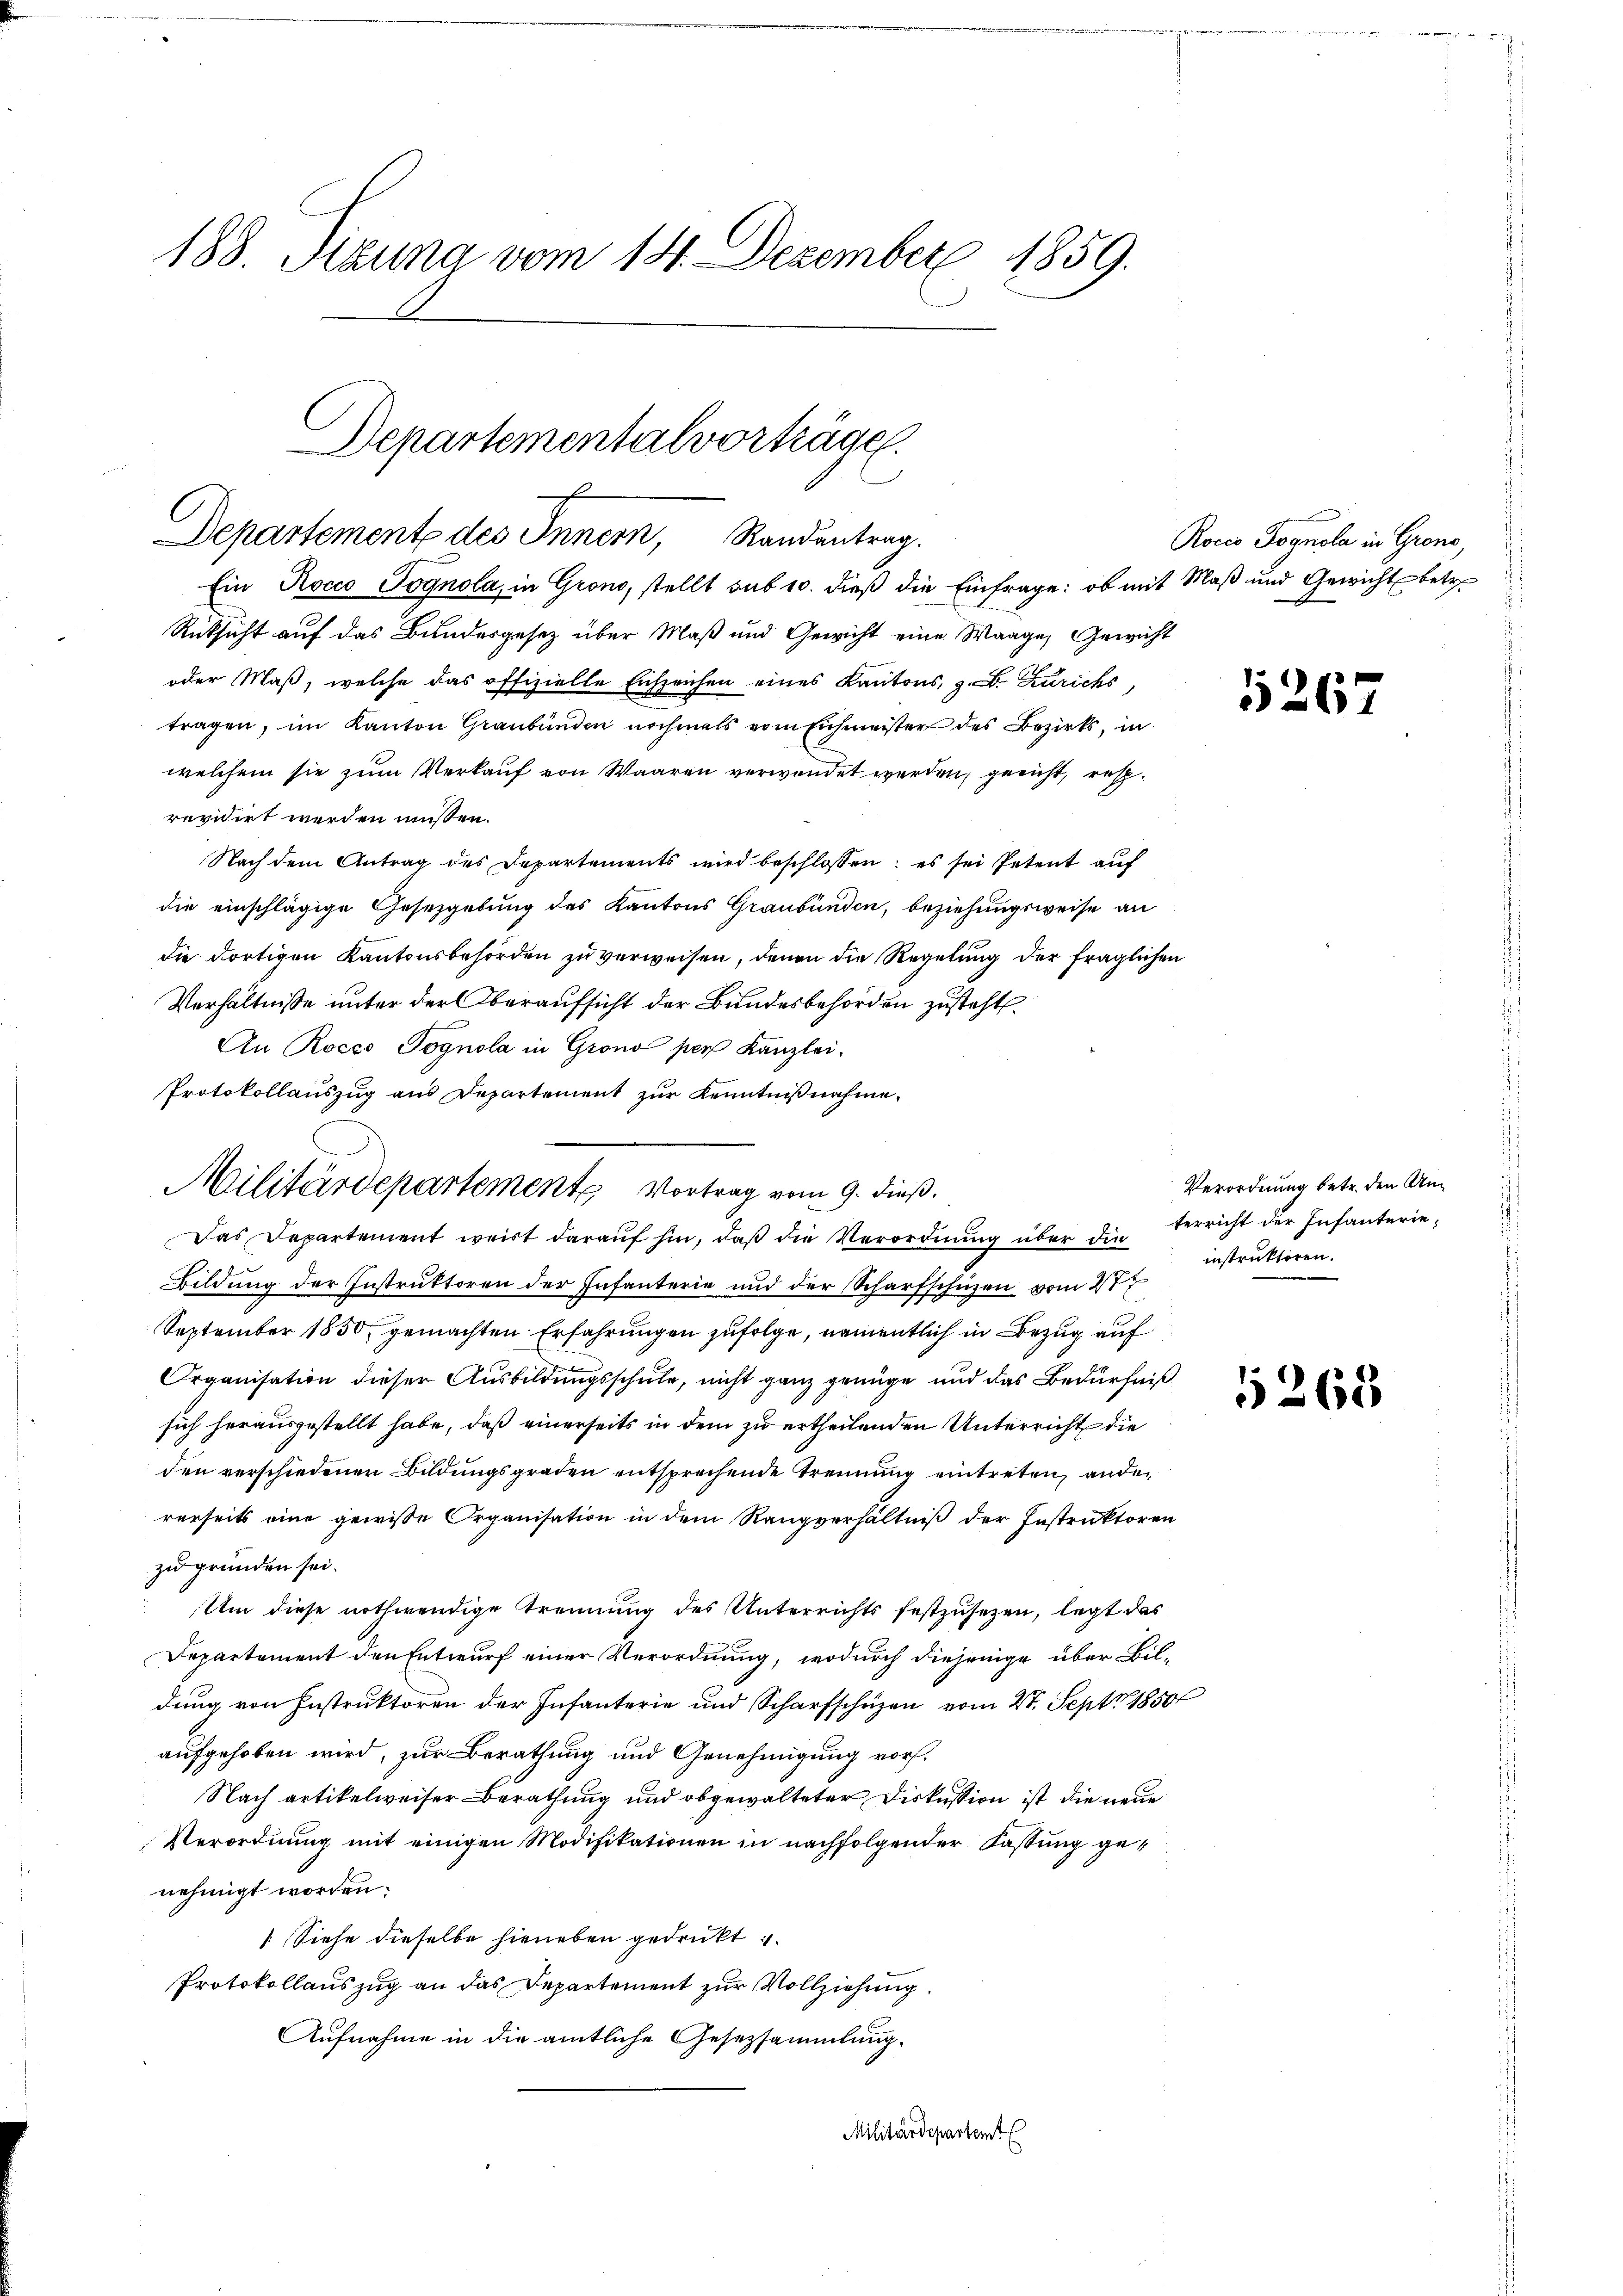
188. Sizung vom 14. Dezember 1859.

Departementalvorträge.
Departemente des Innern, Randentrag

Ein Rocco Pognola, in Grono, stellt sub 10. dieß die Einfrage: ob mit Maß und Gewicht betr.
Rücksicht auf das Bundesgesetz über Maß und Gewicht eine Waage, Gewicht
oder Maß, welche das offizielle Eichzeichen eines Kantons, z. B. Zürichs,
tragen, im Kanton Graubünden nochmals vom Eichmeister des Bezirks, in
welchem sie zum Verkauf von Waaren verwendet werden, gericht, resp.
revidirt werden müssen.
Nach dem Antrag des Departements wird beschlossen: es sei Petent aŭf
die einschlägige Gesetzgebung des Kantons Graubünden, beziehungsweise an
die dortigen Kantonsbehörden zu verweisen, denen die Regelung der fraglichen
Verhältnisse unter der Oberaufsicht der Bundesbehörden zusteht.
An Rocco Jognola in Grono per Kanzlei.
Protokollauszug aus Departement zur Kenntnißnahme.
Das Departement weist daraŭf hin, daß die Verordnung über die
Bildung der Instruktoren der Infanterie und der Scharfschüzen vom 27t
September 1850, gemachten Erfahrungen zufolge, namentlich in Bezug auf
Organisation dieser Ausbildungsschule, nicht ganz genüge und das Bedürfniß
sich herausgestellt habe, daß einerseits in dem zu ertheilenden Unterricht die
den verschiedenen Bildungsgraden entsprechende Trennung eintreten, ander
rerseits eine gewisse Organisation in dem Rangverhältniß der Instruktoren
zu gründen sei.
Um diese nothwendige Trennung des Unterrichts festzusetzen, legt das
Departement den Entwurf einer Verordnung, wodurch diejenige über Bildung von Instruktoren der Infanterie und Scharfschüzen vom 27. Sept. 1850
aufgehoben wird, zur Berathung und Genehmigung vor¬
Nach artikelweiser Berathung und obgewalteter Diskussion ist die neue
Verordnung mit einigen Modifikationen in nachfolgender Fassung genehmigt worden.
[Siehe dieselbe hieneben gedruckt u.
Protokollauszug an das Departement zur Vollziehung.
Aufnahme in die amtliche Gesetzsammlung.
Militärdepartem

Militärdepartemente Vortrag vom 9. dieß.

Rocco Fognola in Grone,

5267

Verordnung betr. den Unterricht der Infanterieinstruktoren.

1268